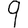
Digit: 9